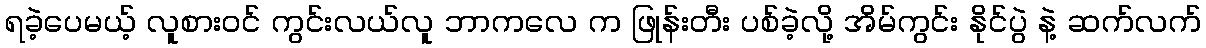
ရခဲ့ပေမယ့် လူစားဝင် ကွင်းလယ်လူ ဘာကလေ က ဖြုန်းတီး ပစ်ခဲ့လို့ အိမ်ကွင်း နိုင်ပွဲ နဲ့ ဆက်လက်